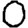
Digit: 0